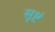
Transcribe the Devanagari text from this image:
सृष्टं